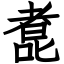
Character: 㗯